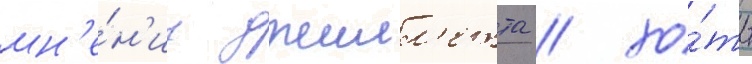
мн'е́н'иу джилл'етта / хо́ть